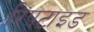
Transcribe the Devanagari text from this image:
रिपटाइड